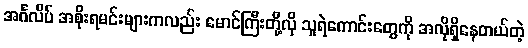
အင်္ဂလိပ် အစိုးရမင်းများကလည်း မောင်ကြီးတို့လို သူရဲကောင်းတွေကို အလိုရှိနေတယ်တဲ့